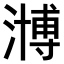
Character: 𣽡